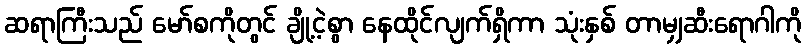
ဆရာကြီးသည် မော်စကိုတွင် ချို့ငဲ့စွာ နေထိုင်လျက်ရှိကာ သုံးနှစ် တာမျှဆီးရောဂါကို